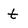
Character: t